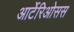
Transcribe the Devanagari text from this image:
आर्टेरिओसस